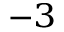
^ { - 3 }